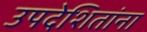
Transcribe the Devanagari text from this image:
उपदेशितांना